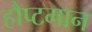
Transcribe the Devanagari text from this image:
हौप्टमान